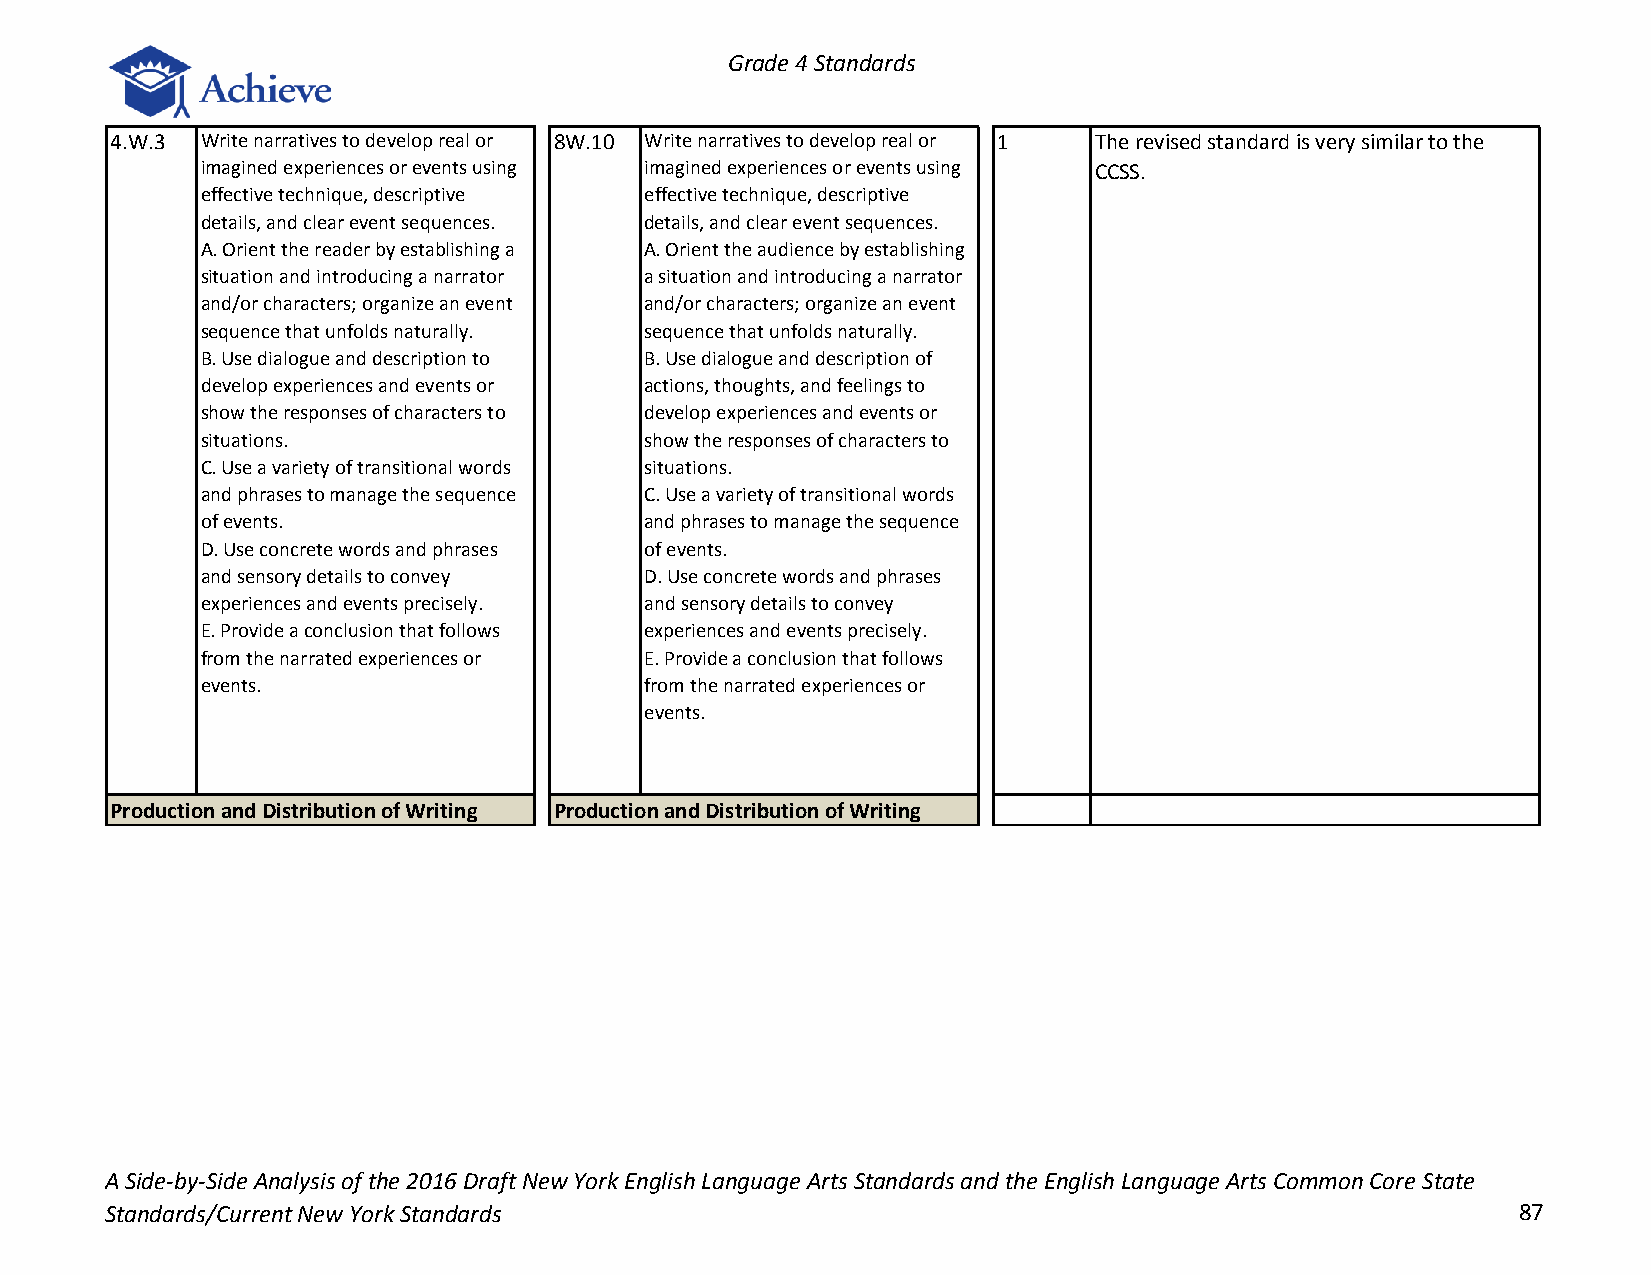
Grade 4 Standards
 4.W.3 Write narratives to develop real or 8W.10 Write narratives to develop real or 1 The revised standard is very similar to the
 imagined experiences or events using imagined experiences or events using CCSS.
 effective technique, descriptive effective technique, descriptive
 details, and clear event sequences. details, and clear event sequences.
 A. Orient the reader by establishing a A. Orient the audience by establishing
 situation and introducing a narrator a situation and introducing a narrator
 and/or characters; organize an event and/or characters; organize an event
 sequence that unfolds naturally. sequence that unfolds naturally.
 B. Use dialogue and description to B. Use dialogue and description of
 develop experiences and events or actions, thoughts, and feelings to
 show the responses of characters to develop experiences and events or
 situations.                   show the responses of characters to
 C. Use a variety of transitional words situations.
 and phrases to manage the sequence C. Use a variety of transitional words
 of events.                    and phrases to manage the sequence
 D. Use concrete words and phrases of events.
 and sensory details to convey D. Use concrete words and phrases
 experiences and events precisely. and sensory details to convey
 E. Provide a conclusion that follows experiences and events precisely.
 from the narrated experiences or E. Provide a conclusion that follows
 events.                       from the narrated experiences or
 events.
 Production and Distribution of Writing Production and Distribution of Writing
 A Side-by-Side Analysis of the 2016 Draft New York English Language Arts Standards and the English Language Arts Common Core State
 Standards/Current New York Standards                                                         87